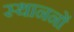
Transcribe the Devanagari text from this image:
स्थाननों